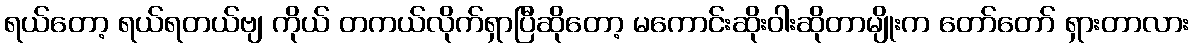
ရယ်တော့ ရယ်ရတယ်ဗျ ကိုယ် တကယ်လိုက်ရှာပြီဆိုတော့ မကောင်းဆိုးဝါးဆိုတာမျိုးက တော်တော် ရှားတာလား